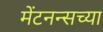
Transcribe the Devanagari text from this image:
मेंटनन्सच्या